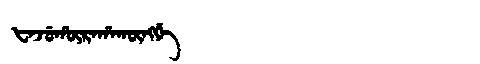
Manchu: ᡶᠠᠵᡠᡥᡡᡵᠠᡥᠠᡴᡡᠩᡤᡝ
Romanization: FAJUHŪRAHAKŪNGGE